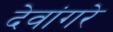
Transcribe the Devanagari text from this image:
देवांगरे